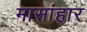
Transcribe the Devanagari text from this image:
मासांहार